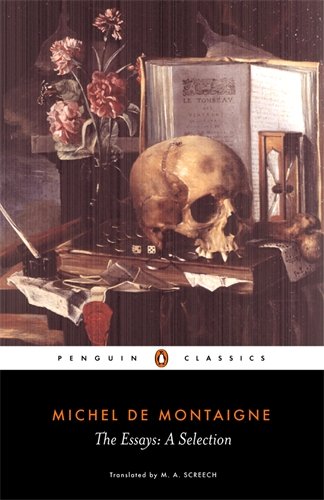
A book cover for The Essays: A Selection (Penguin Classics); Michel de Montaigne; Politics & Social Sciences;